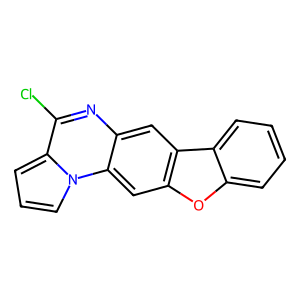
SMILES: Clc1nc2cc3c(cc2n2cccc12)oc1ccccc13
Inhibits HIV replication: No